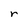
Character: r